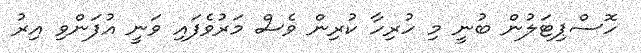
ހޮސްޕިޓަލުން ބުނީ މި ހުރިހާ ކުރިން ވެސް މަރުުވެފައި ވަނީ އުފަންވި އިރު